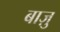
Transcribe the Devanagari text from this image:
बाज़ु